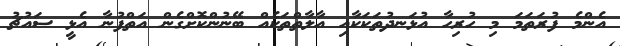
އެންމެ ފުރަތަމަ މި ހުރިހާ އުޅަނދުތަކަކާއި އާލާތްތަކެއް ބޭނުންކޮށްގެން އަތްފުނާ އެޅީ ސައުޗު